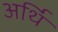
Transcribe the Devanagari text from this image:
अर्थि